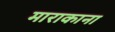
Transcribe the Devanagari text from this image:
माराकाना